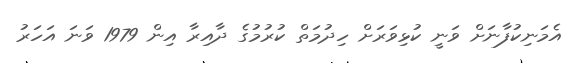
އެމަނިކުފާނަށް ވަނީ ކުޅިވަރަށް ހިދުމަތް ކުރުމުގެ ދާއިރާ އިން 1979 ވަނަ އަހަރު